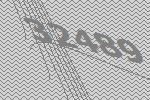
32489